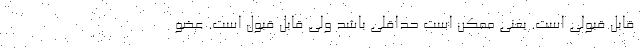
قابل قبولی است. یعنی ممکن است حداقلی باشد ولی قابل قبول است. عضو